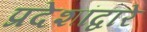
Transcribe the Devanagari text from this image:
प्रदेशांद्वारे